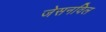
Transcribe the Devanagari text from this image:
जेसनविल